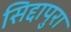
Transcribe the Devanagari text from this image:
सिद्दापुरा